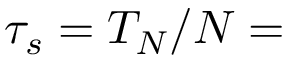
\tau _ { s } = T _ { N } / N =